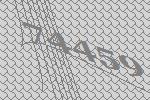
74459